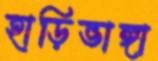
হাড়িভাঙ্গা